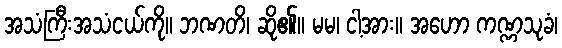
အသံကြီးအသံငယ်ကို။ ဘဏတိ၊ ဆို၏။ မမ၊ ငါ့အား။ အဟော ကဏ္ဏသုခံ၊